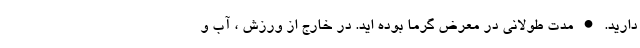
دارید. • مدت طولانی در معرض گرما بوده اید. در خارج از ورزش ، آب و